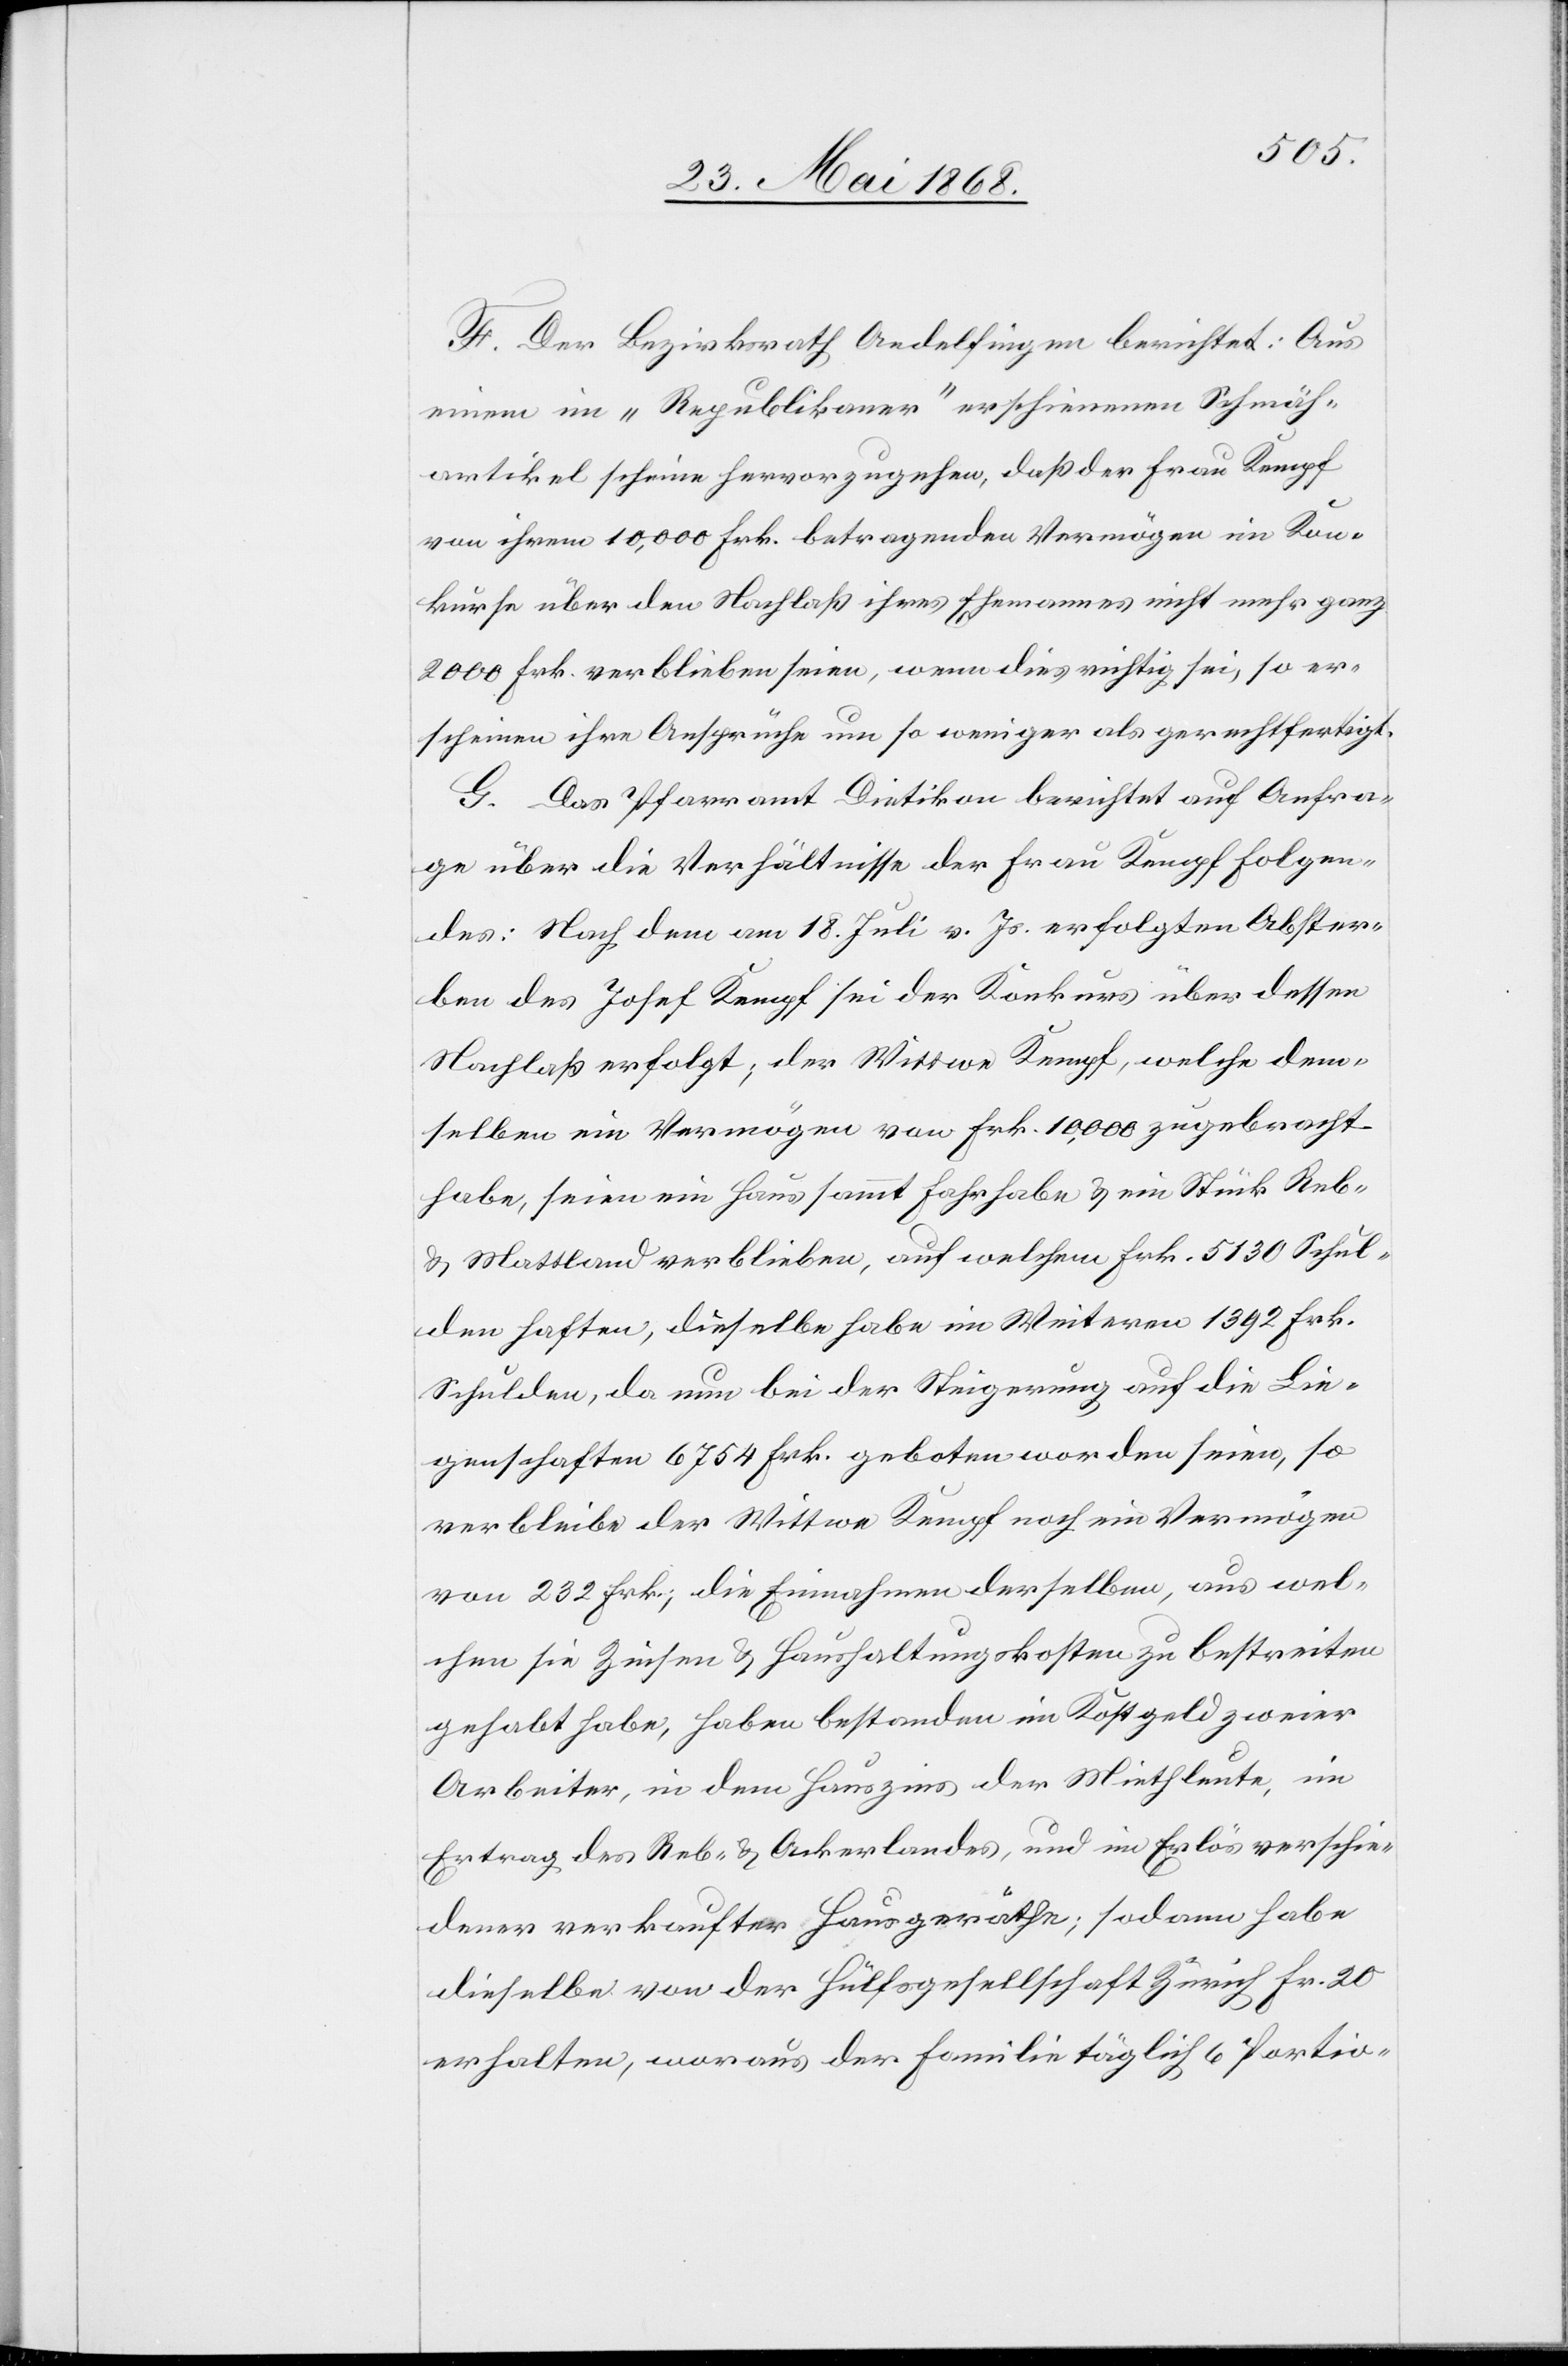
F. Der Bezirksrath Andelfingen berichtet: Aus
einem im „Republikaner“ erschienenen Schmäh¬
artikel scheine hervorzugehen, daß der Frau Kempf
von ihrem 10,000 Frk. betragenden Vermögen im Kon¬
kurse über den Nachlaß ihres Ehemannes nicht mehr ganz
2000 Frk. verblieben seien, wenn dies richtig sei, so er¬
scheinen ihre Ansprüche um so weniger als gerechtfertigt.
G. Das Pfarramt Dietikon berichtet auf Anfra¬
ge über die Verhältnisse der Frau Kempf Folgen¬
des: Nach dem am 18. Juli v. Js. erfolgten Abster¬
ben des Josef Kempf sei der Konkurs über dessen
Nachlaß erfolgt, der Wittwe Kempf, welche dem¬
selben ein Vermögen von Frk. 10,000 zugebracht
habe, seien ein Haus sammt Fahrhabe & ein Stücke Reb-
& Mattland verblieben, auf welchem Frk. 5130 Schul¬
den haften, dieselbe habe im Weiteren 1392 Frk.
Schulden, da nun bei der Steigerung auf die Lie¬
genschaften 6754 Frk. geboten worden seien, so
verbleibe der Wittwe Kempf noch ein Vermögen
von 232 Frk., die Einnahmen derselben, aus wel¬
chen sie Zinsen & Haushaltungskosten zu bestreiten
gehabt habe, haben bestanden im Kostgeld zweier
Arbeiter, in dem Hauszins der Miethleute, im
Ertrag des Reb- & Ackerlandes, und im Erlös verschie¬
dener verkaufter Hausgeräthe; sodann habe
dieselbe von der Hülfsgesellschaft Zürich Fr. 20
erhalten, woraus der Familie täglich 6 Portio-